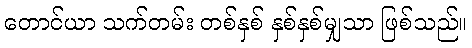
တောင်ယာ သက်တမ်း တစ်နှစ် နှစ်နှစ်မျှသာ ဖြစ်သည်။